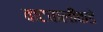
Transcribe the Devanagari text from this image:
वाटचालीकडे